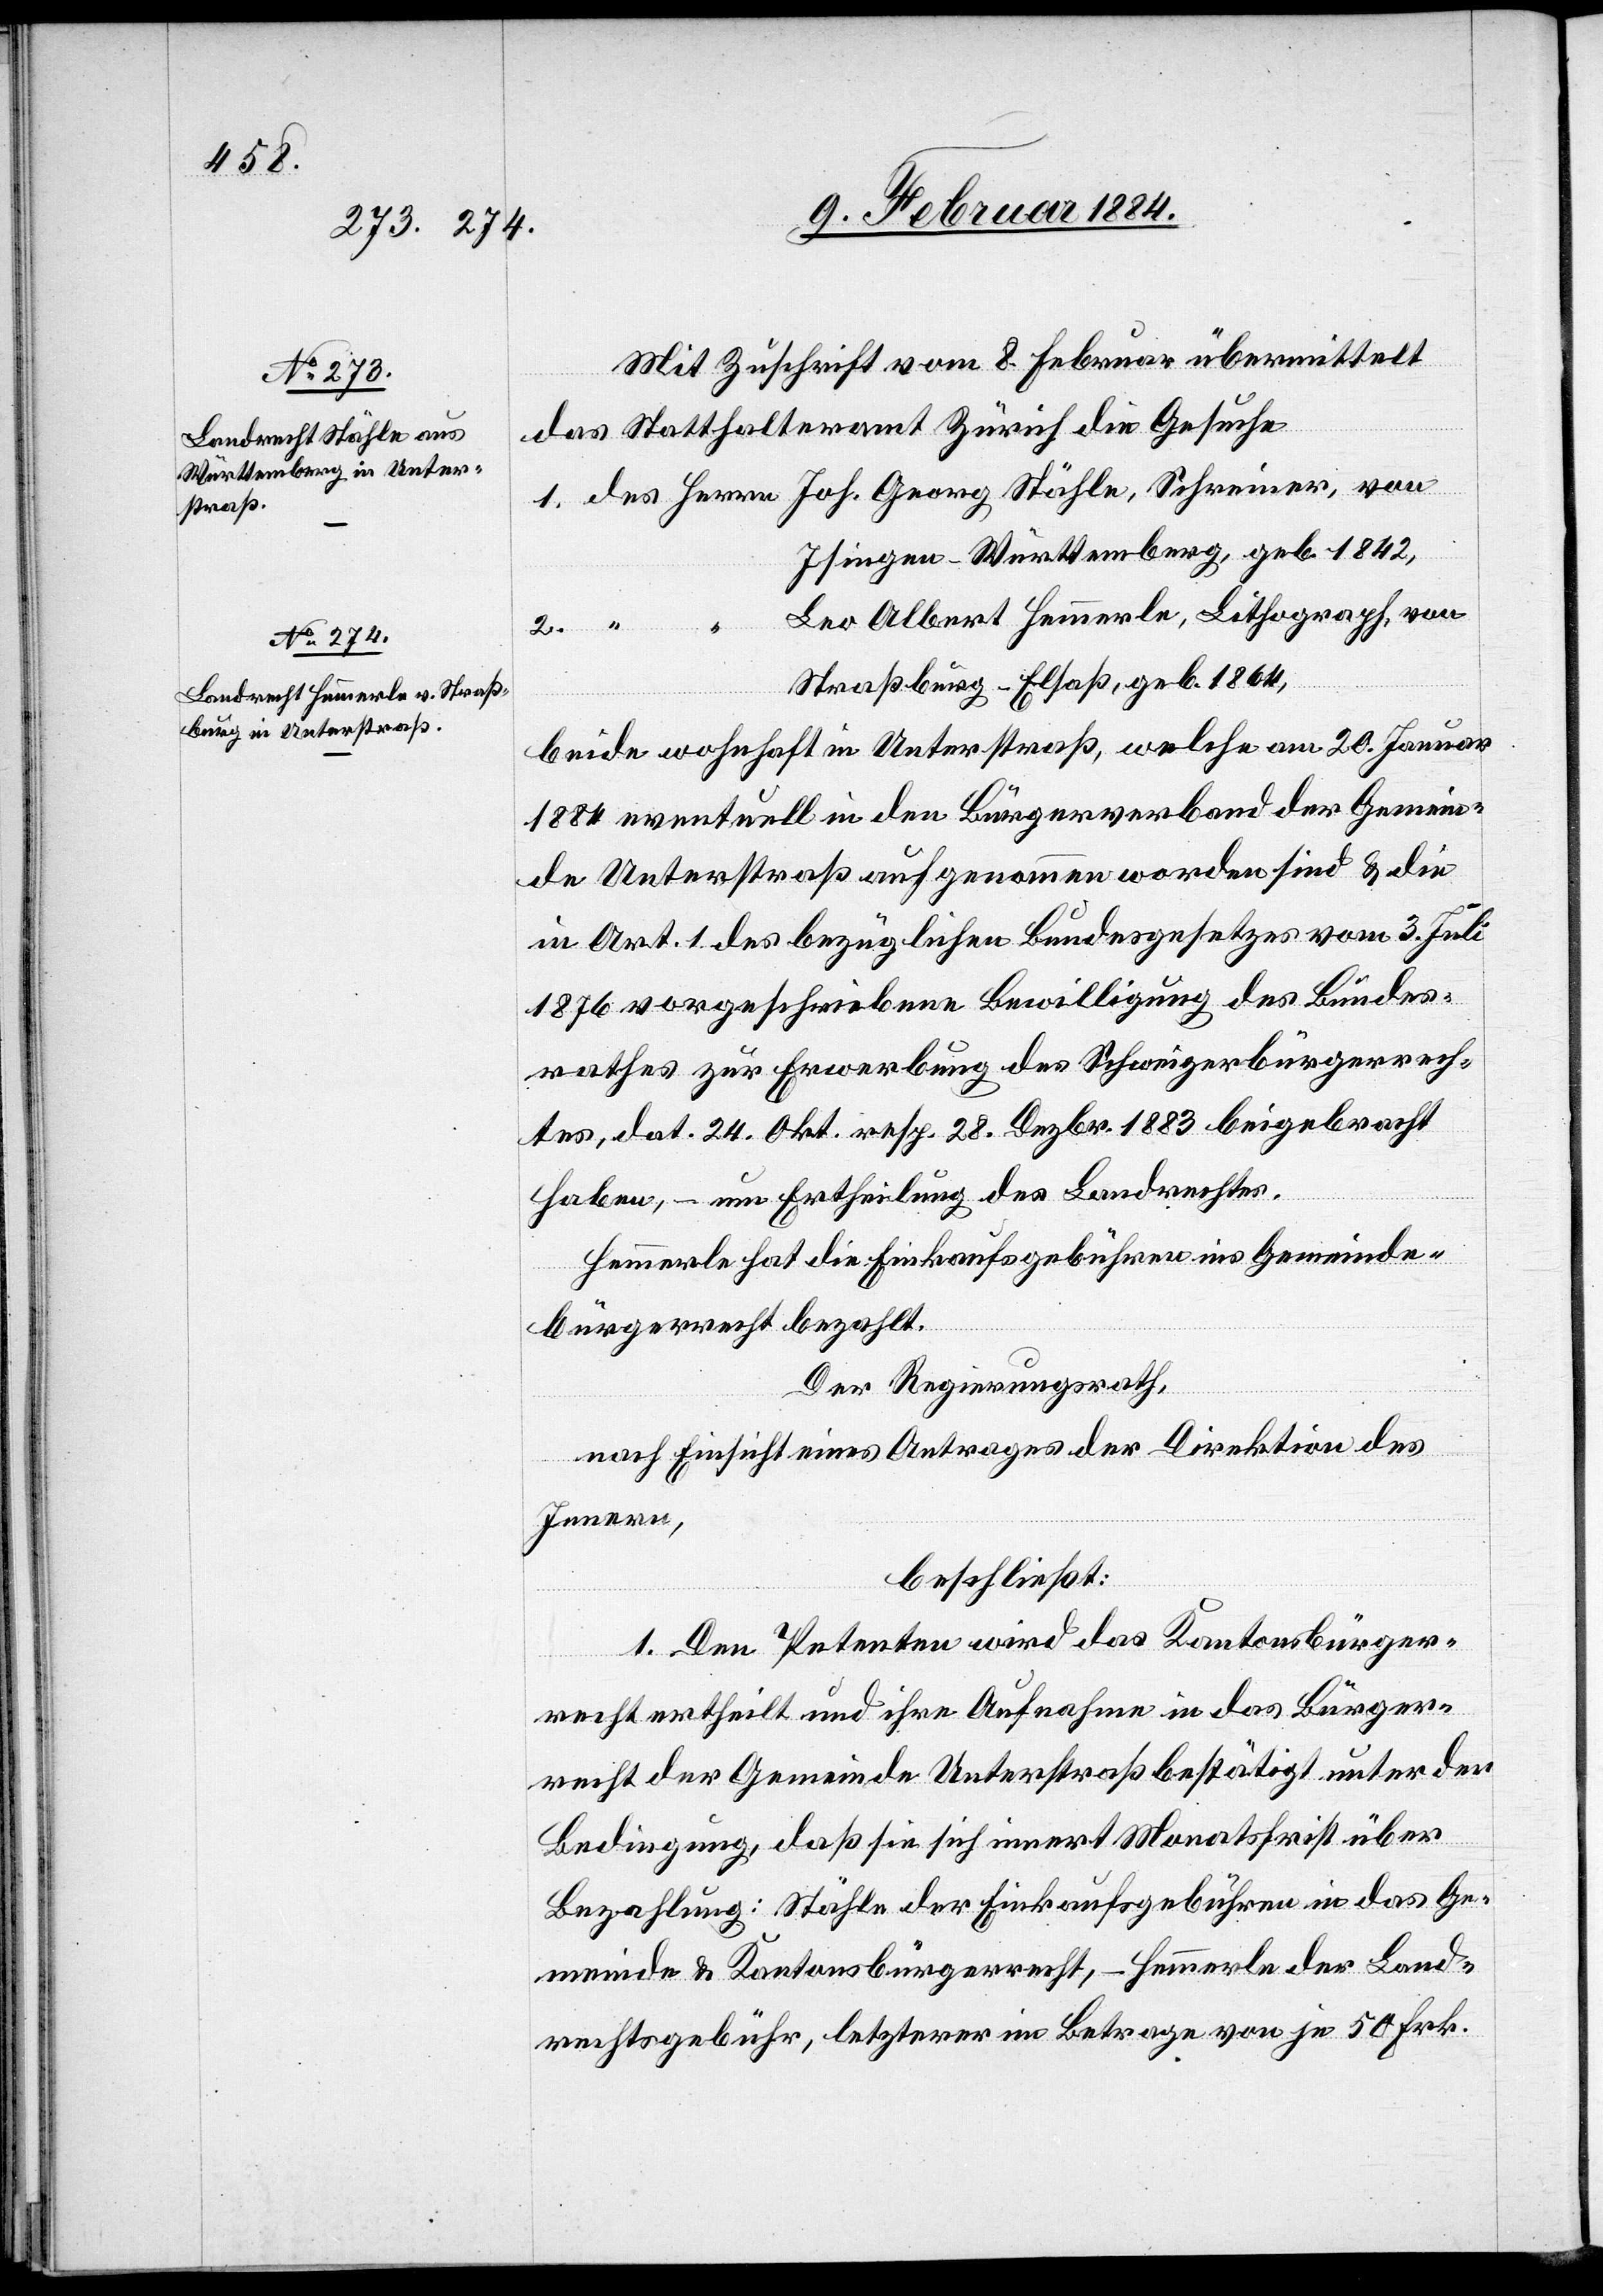
Mit Zuschrift vom 8. Februar übermittelt
das Statthalteramt Zürich die Gesuche
1. des Herrn Joh. Georg Stähle, Schreiner, von
Isingen - Württemberg, geb. 1842,
Leo Albert Hemmerle, Litograph, von
Straßburg - Elsaß, geb. 1864,
beide wohnhaft in Unterstraß, welche am 20. Januar
1884 eventuell in den Bürgerverband der Gemein¬
de Unterstraß aufgenommen worden sind & die
in Art. 1 des bezüglichen Bundesgesetzes vom 3. Juli
1876 vorgeschriebene Bewilligung des Bundes¬
rathes zur Erwerbung des Schweizerbürgerrech¬
tes, dat. 24. Okt. resp. 28. Dezbr. 1883 beigebracht
haben, – um Ertheilung des Landrechtes.
Hemmerle hat die Einkaufsgebühren ins Gemeinde¬
bürgerrecht bezahlt.
Der Regierungsrath,
nach Einsicht eines Antrages der Direktion des
Innern,
2.
beschließt:
1. Den Petenten wird das Kantonsbürger¬
recht ertheilt und ihre Aufnahme in das Bürger¬
recht der Gemeinde Unterstraß bestätigt unter der
Bedingung, daß sie sich innert Monatsfrist über
Bezahlung: Stähle der Einkaufsgebühren in das Ge¬
meinde- & Kantonsbürgerrecht, – Hemmerle der Land¬
rechtsgebühr, letzterer im Betrage von je 50 Frk.